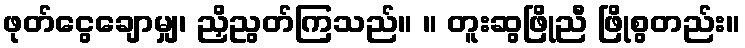
ဖုတ်ငွေချောမျှ၊ ညှိညွတ်ကြသည်။ ။ တူးဆွဖြိုညီ ဖြိုစွတည်း။